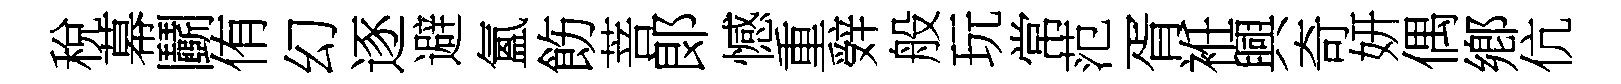
稅幕鬬侑幻逐避氳飭菩郞憾重辤般玩常范胥袵興奇妍偶鄕伉